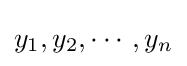
y_{1},y_{2},\cdots ,y_{n}